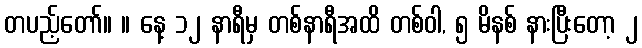
တပည့်တော်။ ။ နေ့ ၁၂ နာရီမှ တစ်နာရီအထိ တစ်ဝါ, ၅ မိနစ် နားပြီးတော့ ၂